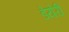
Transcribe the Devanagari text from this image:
डेयेरी